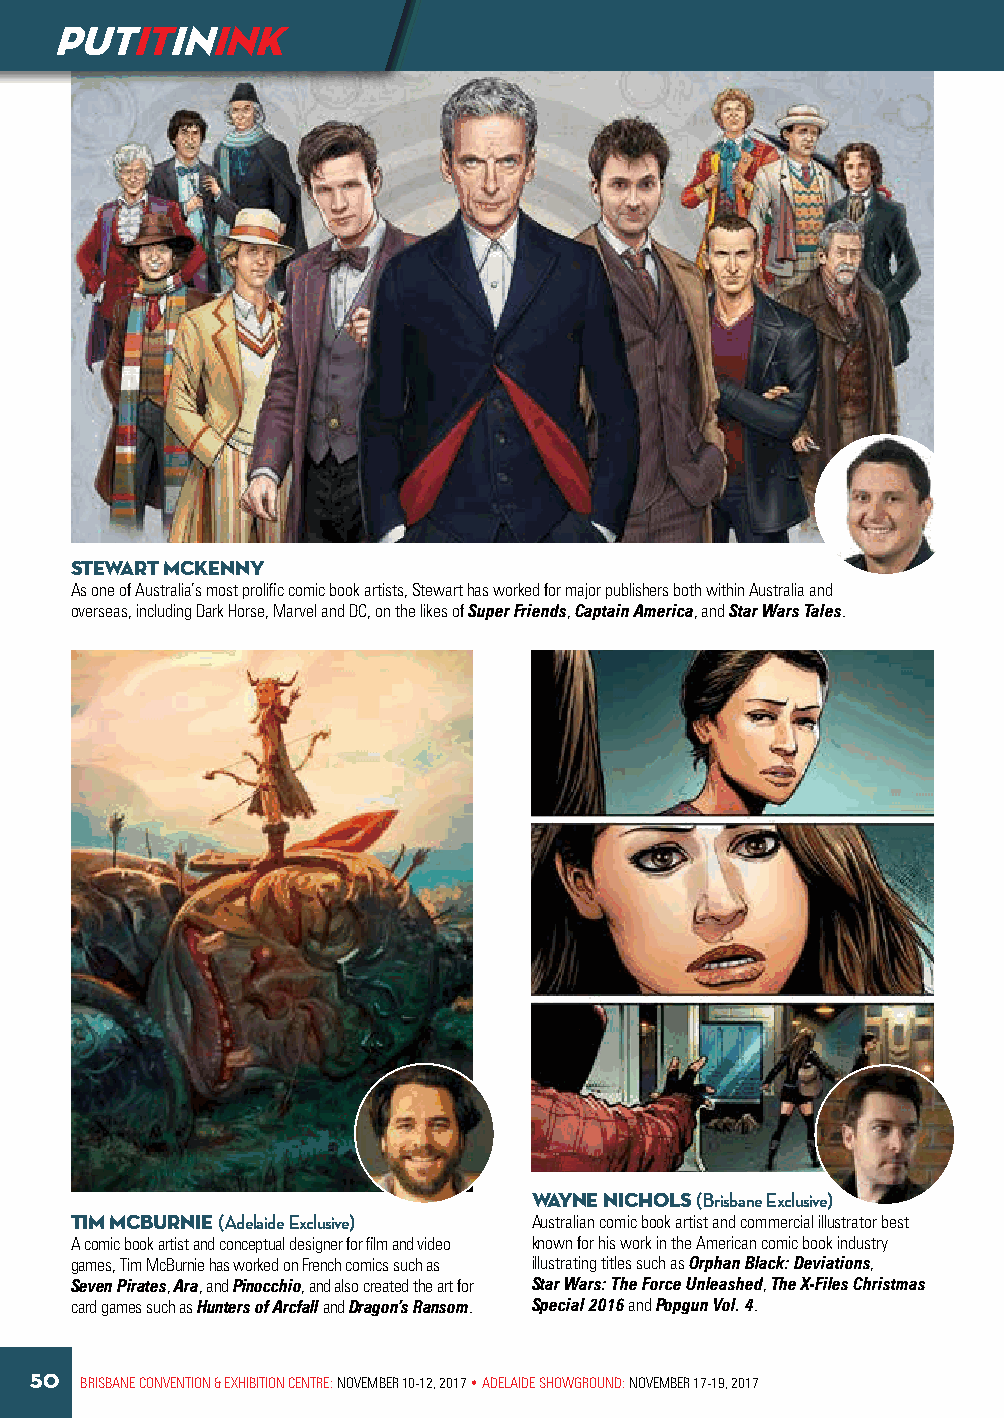
PUTITININK
 STEWART MCKENNY
 As one of Australia’s most prolific comic book artists, Stewart has worked for major publishers both within Australia and
 overseas, including Dark Horse, Marvel and DC, on the likes of Super Friends, Captain America, and Star Wars Tales.
 WAYNE NICHOLS (Brisbane Exclusive)
 TIM MCBURNIE (Adelaide Exclusive) Australian comic book artist and commercial illustrator best
 A comic book artist and conceptual designer for film and video known for his work in the American comic book industry
 games, Tim McBurnie has worked on French comics such as illustrating titles such as Orphan Black: Deviations,
 Seven Pirates, Ara, and Pinocchio, and also created the art for Star Wars: The Force Unleashed, The X-Files Christmas
 card games such as Hunters of Arcfall and Dragon’s Ransom. Special 2016 and Popgun Vol. 4.
 50 BRISBANE CONVENTION & EXHIBITION CENTRE: NOVEMBER 10-12, 2017 • ADELAIDE SHOWGROUND: NOVEMBER 17-19, 2017